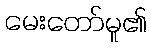
မေးတော်မူ၏